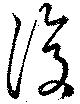
復